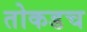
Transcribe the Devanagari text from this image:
तोकडच